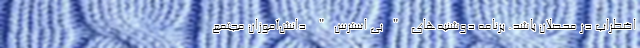
اضطراب در محصلان باشد. برنامه دوشنبه‌های "بی استرس" دانش‌آموزان مجتمع